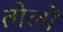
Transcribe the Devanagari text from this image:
तोलों